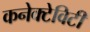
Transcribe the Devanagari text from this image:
कनेक्टेविटी